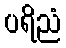
ပရိညံ